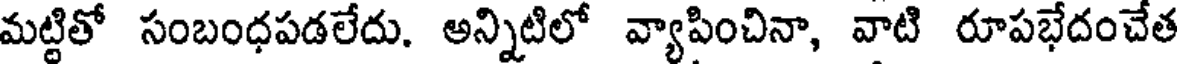
మట్టితో సంబంధపడలేదు. అన్నిటిలో వ్యాపించినా, వాటి రూపభేదంచేత